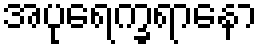
အပုရေက္ခရာနော